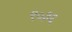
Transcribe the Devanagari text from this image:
९०३६